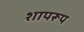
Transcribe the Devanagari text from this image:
शापरूप